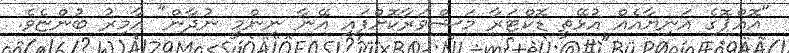
"އޮއްޕޮގެ އަނިޔާއެއް އުޅޭތީ ޑޮކްޓަރާ މަޝްވަރާކޮށްފައި އޭނާ ނިންމީ ނުދާން" އާމިރު ބުންޏެވެ.